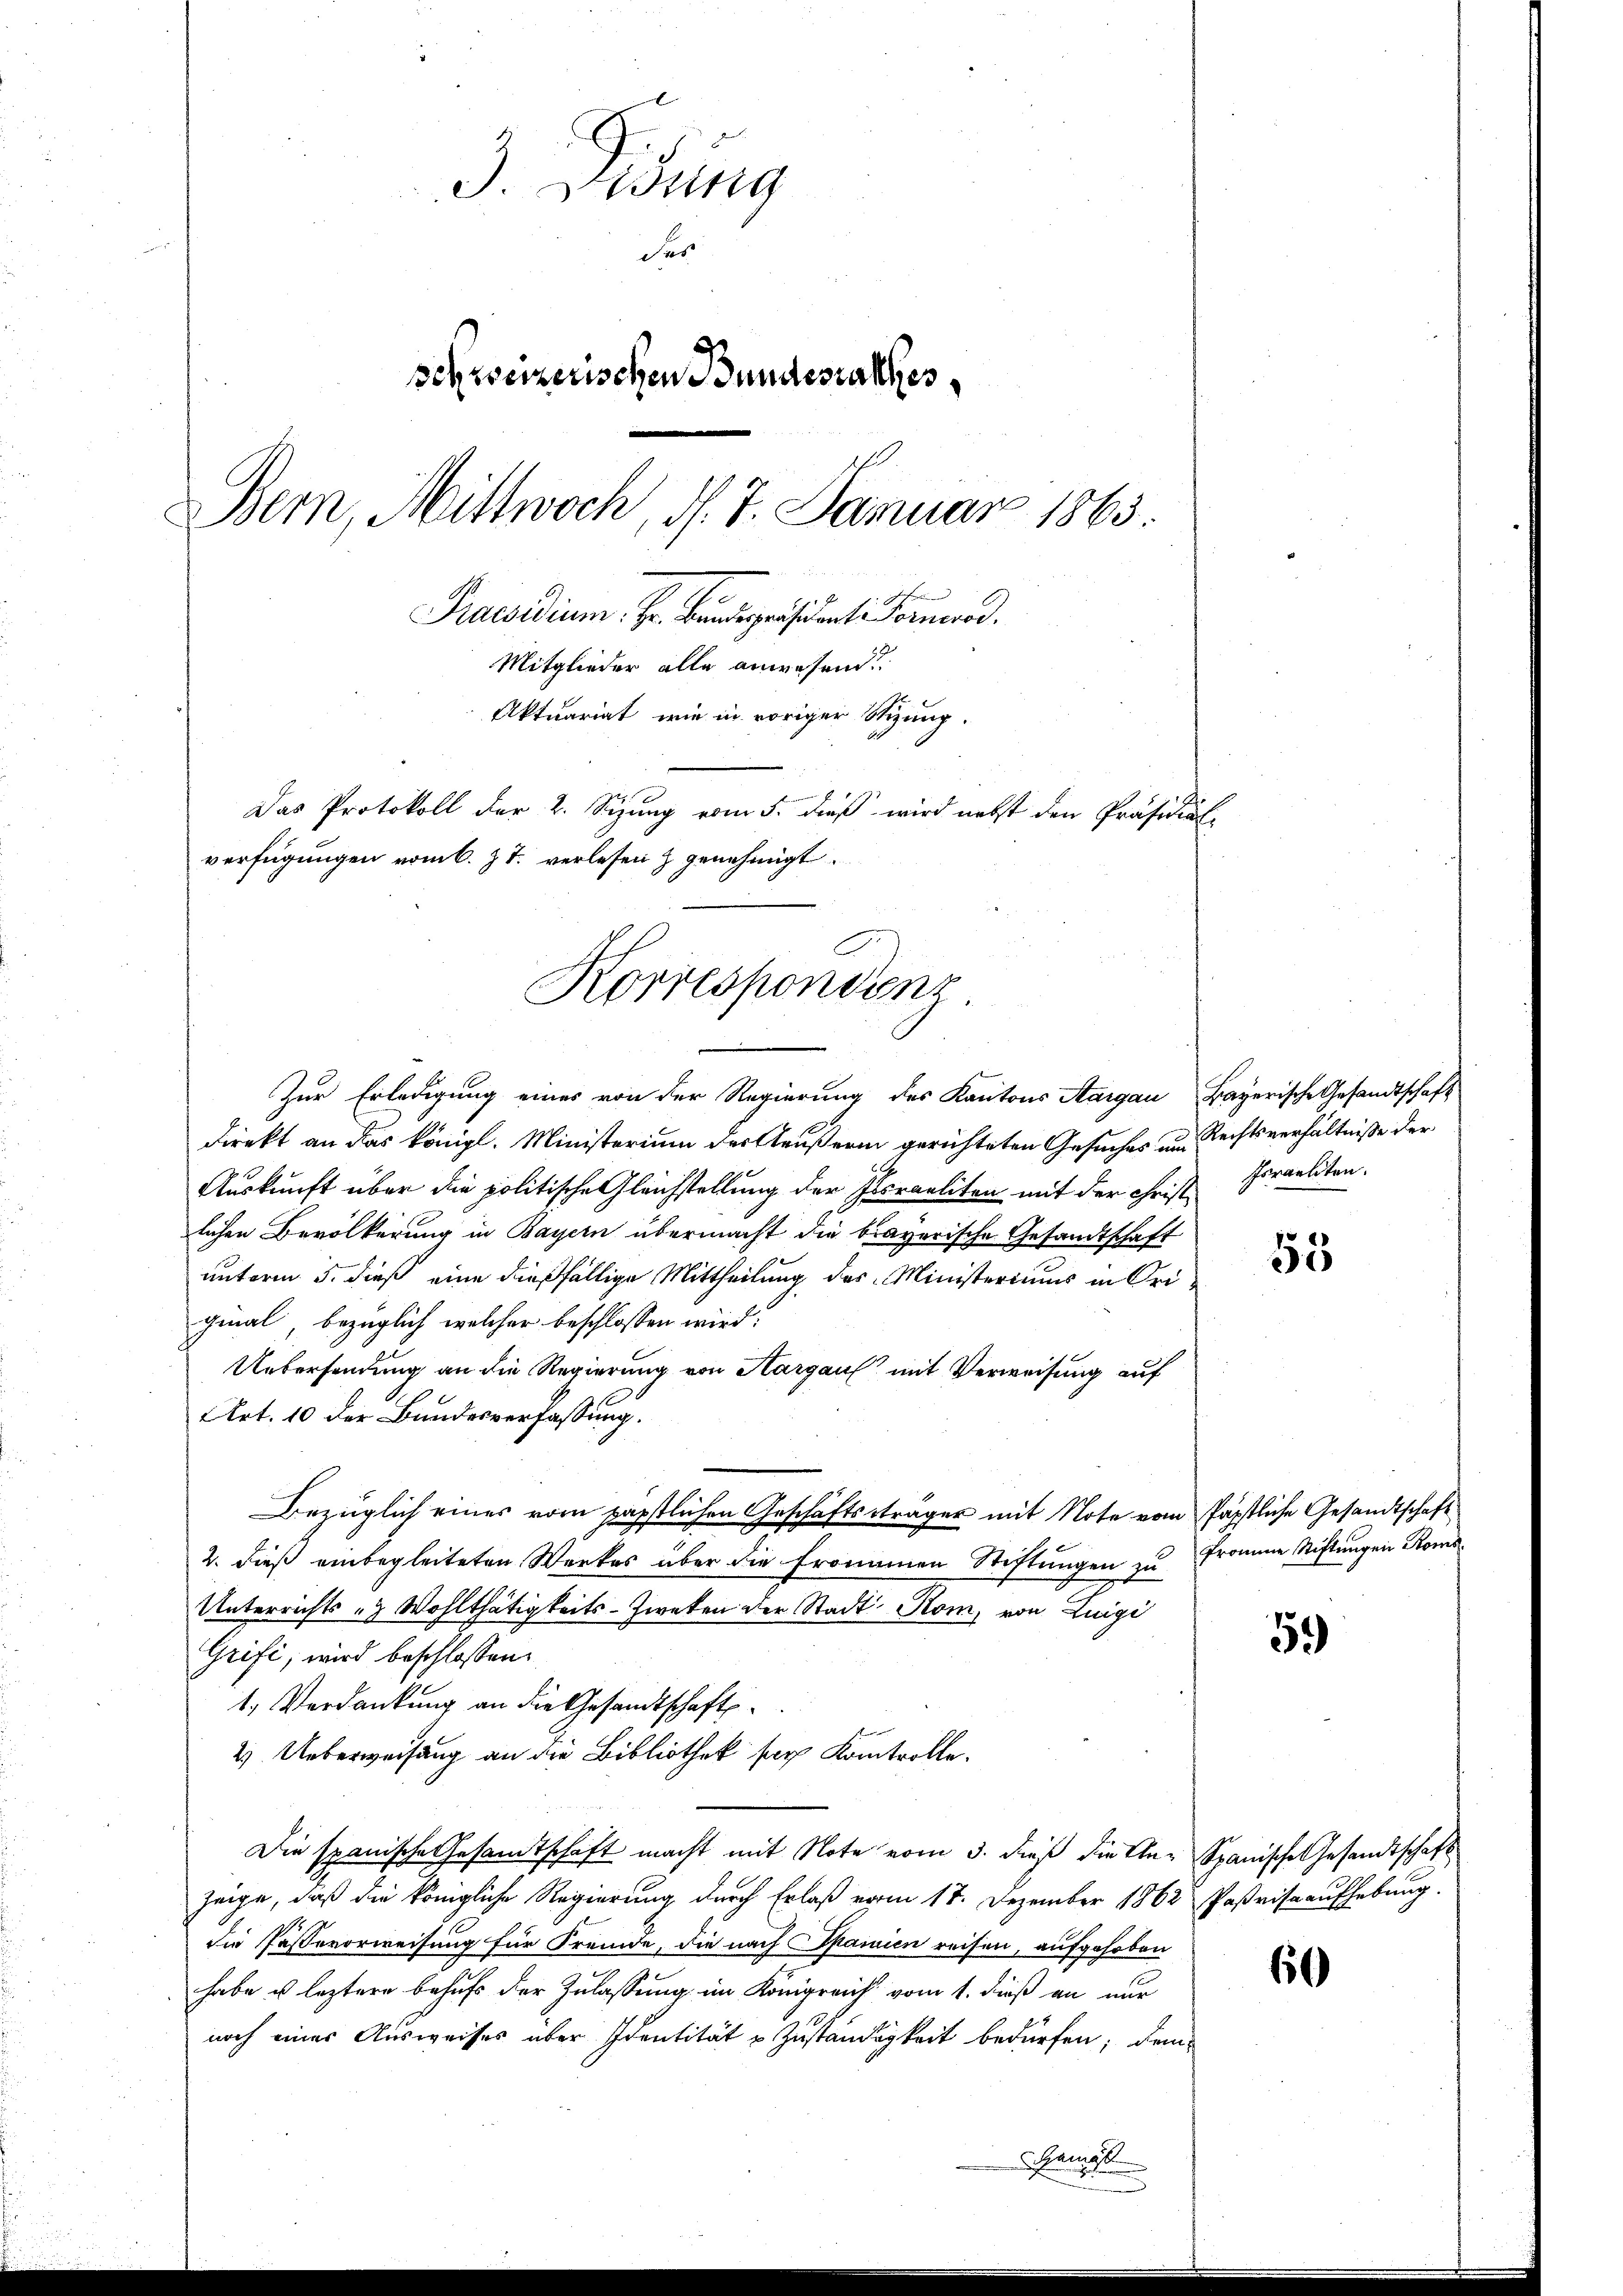
3. Disung
das
schweizerischen Bundesrathes,
Bern, Mittwoch, d. 7. Januar 1863.
Praesidium. Hr. Bundespräsident Tomand.
Mitglieder alle anwesend
Aktuariat, wie in voriger Stizung.
Das Protokoll der 2. Sizung vom 5. dieß wird nebst den Präsidial-
verfügungen vom 6. J. J. verlesen & genehmigt.

Korrespondenz

Zur Erledigung eines von der Regierung des Kantons Aargau Bayerische Gesandtschaft
Direkt an das königl. Ministerium der Aeußerin gerichteten Gesuches um Rechtsverhältnisse der
Auskunft über die politische Gleichstellung der Israeliten mit der Christ Israeliten.
lichen Bevölkerung in Bayern übermacht die brayerische Gesandtschaft
unterm 5. dieß eine dießfällige Mittheilung des Ministeriums in Original bezüglich welcher beschlossen wird.
Uebersendung an die Regierung von Hargau mit Verweisung auf
Art. 10 der Bundesverfassung.
Bezüglich einer vom päpstlichen Geschäftsträger mit Note vom päpstliche Gesandtschaft
2. dieß einbegleiteten Werkes über die Fronamen Stiftungen zu
Unterrichts- & Wohlthätigkeits-Zweken der Stadt Rom, von Luigi
Grift, wird beschlossen:
1.) Verdankung an die Gesandtschaft
4 Ueberweisung an die Bibliothek sag Kontrolle.
Die spanische Gesamtschaft macht mit Note vom 3. dieß die An- Spanische Gesandtschaft
zeige, daß die königliche Regierung durch Erlaß vom 17. Dezember 1862 Paßrisaaufhebung.
die Pässevorweisung für Fremde, die nach Spanien reisen, aufgehoben
habe u. leztere behufs der Zulassung im Königreich vom 1. dieß an nur
noch einer Ausweises über Identität u. Zuständigkeit bedürfen; dem

Gemis

53

fromme Stiftungen Roms

59)

60